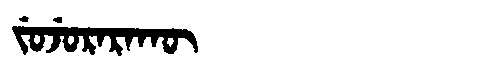
Manchu: ᠵᡠᠵᡠᡵᠠᡵᠠᡴᡡ
Romanization: JUJURARAKŪ